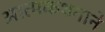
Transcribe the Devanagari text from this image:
आत्मकथनाने